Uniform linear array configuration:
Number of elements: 32
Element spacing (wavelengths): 0.75
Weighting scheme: uniform
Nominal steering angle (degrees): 30
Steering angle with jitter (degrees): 31.143
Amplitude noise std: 0.05
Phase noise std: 0.05

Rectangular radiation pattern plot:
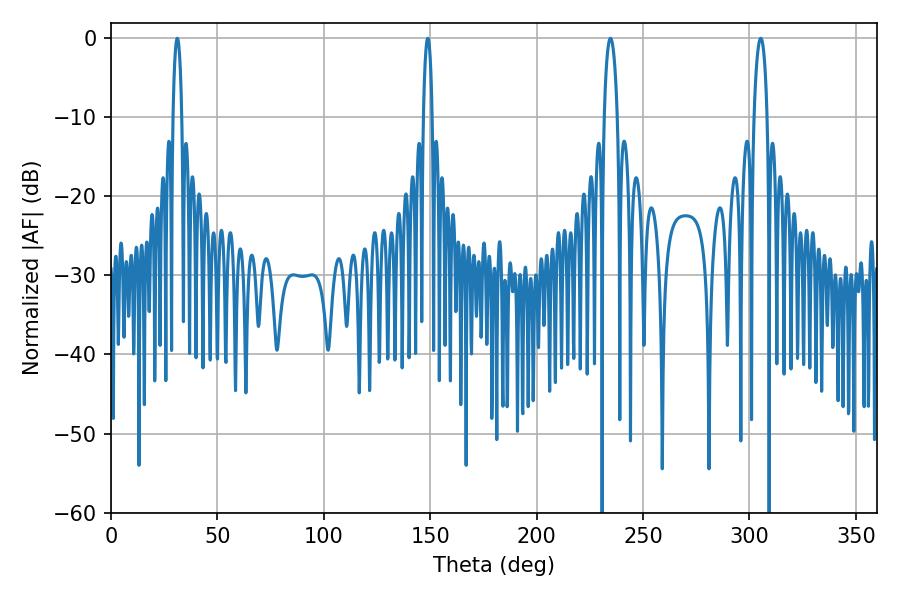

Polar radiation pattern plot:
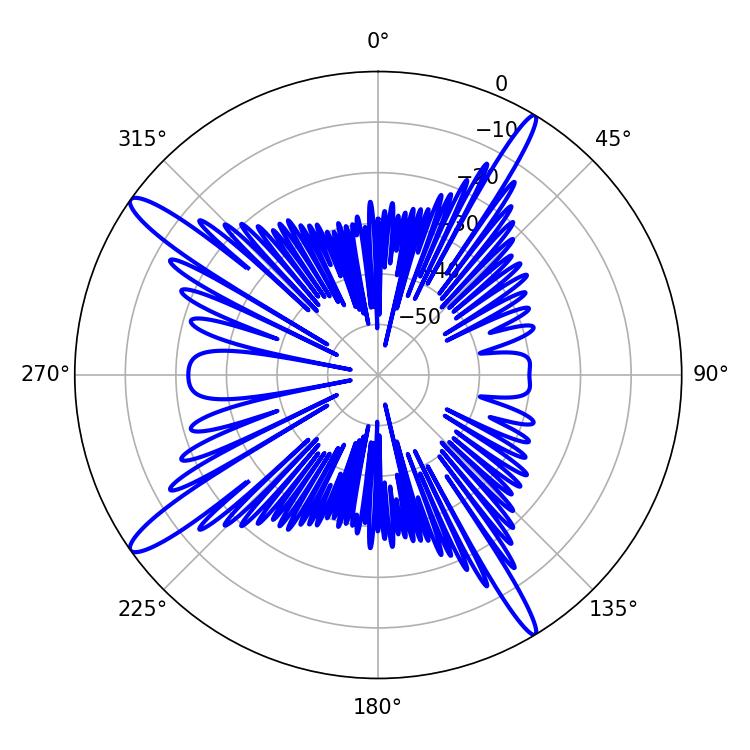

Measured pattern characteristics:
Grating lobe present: TRUE
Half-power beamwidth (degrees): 2.16
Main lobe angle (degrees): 31.14